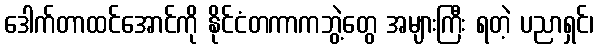
ဒေါက်တာထင်အောင်ကို နိုင်ငံတကာကဘွဲ့တွေ အများကြီး ရတဲ့ ပညာရှင်၊